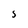
Character: S